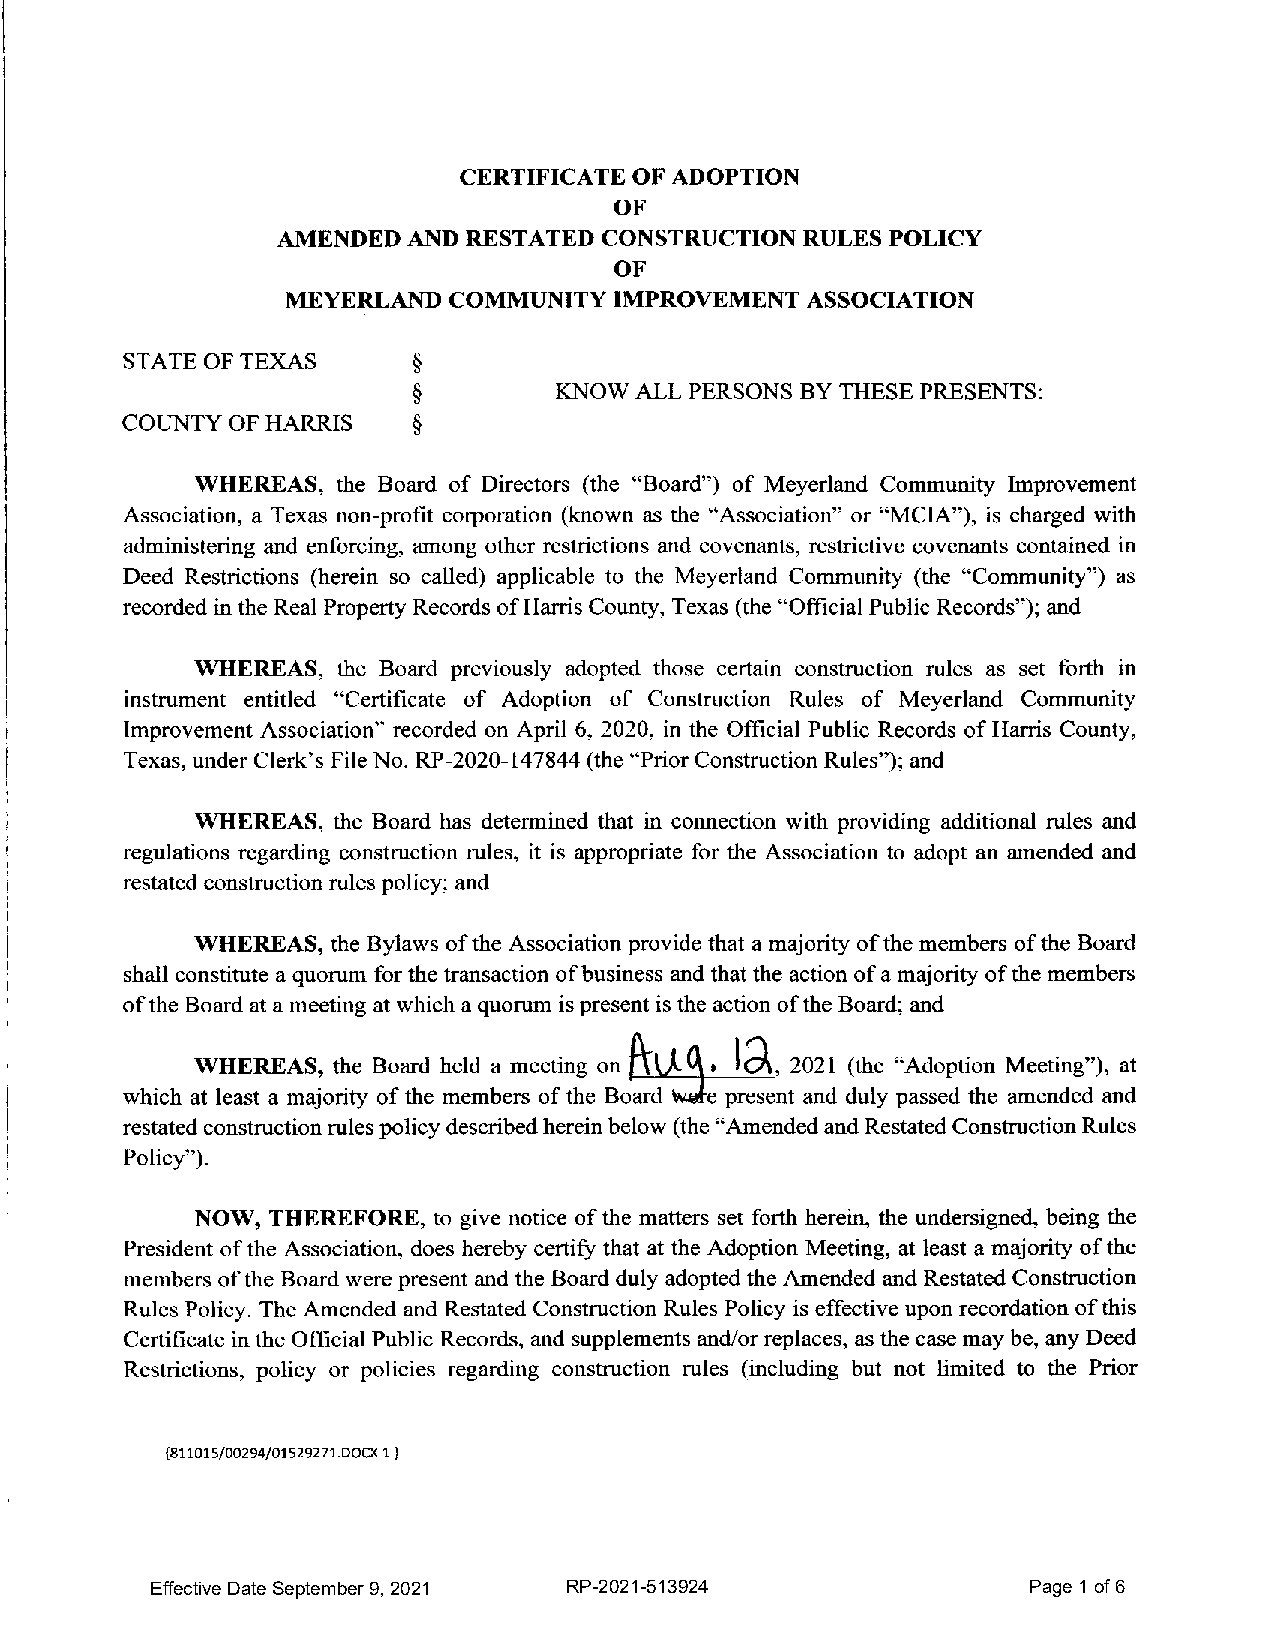
Effective Date September 9, 2021 RP-2021-513924           Page 1 of 6